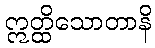
ဣတ္ထိသောတာနိ